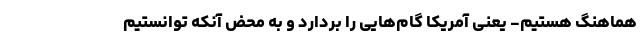
هماهنگ هستیم- یعنی آمریکا گام‌هایی را بردارد و به محض آنکه توانستیم